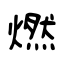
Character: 燃